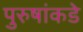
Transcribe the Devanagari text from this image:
पुरुषांकडे